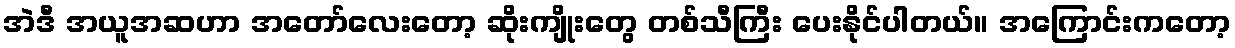
အဲဒီ အယူအဆဟာ အတော်လေးတော့ ဆိုးကျိုးတွေ တစ်သီကြီး ပေးနိုင်ပါတယ်။ အကြောင်းကတော့